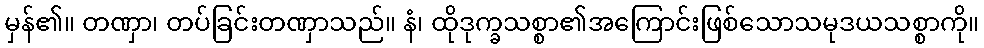
မှန်၏။ တဏှာ၊ တပ်ခြင်းတဏှာသည်။ နံ၊ ထိုဒုက္ခသစ္စာ၏အကြောင်းဖြစ်သောသမုဒယသစ္စာကို။